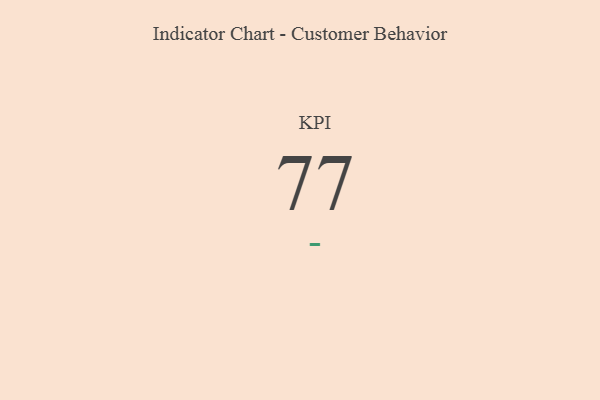
{"axis": {"x": "KPI", "y": "Value"}, "legend": [""], "data": [{"x": "KPI", "y": 77, "type": ""}]}